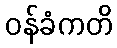
ဝန်ခံကတိ